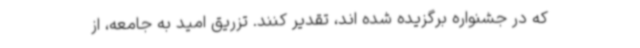
که در جشنواره برگزیده شده اند، تقدیر کنند. تزریق امید به جامعه، از